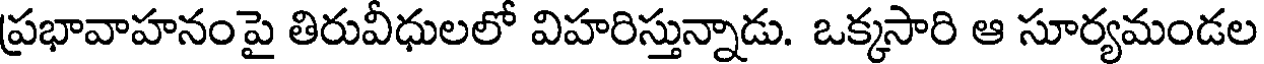
ప్రభావాహనంపై తిరువీధులలో విహరిస్తున్నాడు. ఒక్కసారి ఆ సూర్యమండల